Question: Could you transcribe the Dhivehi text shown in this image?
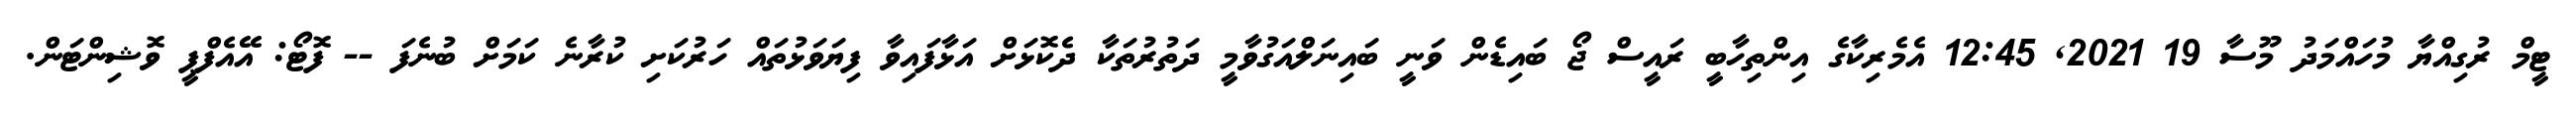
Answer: ޓީމް ރުގިއްޔާ މުހައްމަދު މޫސާ 19 2021, 12:45 އެމެރިކާގެ އިންތިހާބީ ރައީސް ޖޯ ބައިޑެން ވަނީ ބައިނަލްއަގުވާމީ ދަތުރުތަކާ ދެކޮޅަށް އަޅާފައިވާ ފިޔަވަޅުތައް ހަރުކަށި ކުރާނެ ކަމަށް ބުނެފަ -- ފޮޓޯ: އޭއެފްޕީ ވޮޝިންޓަން.